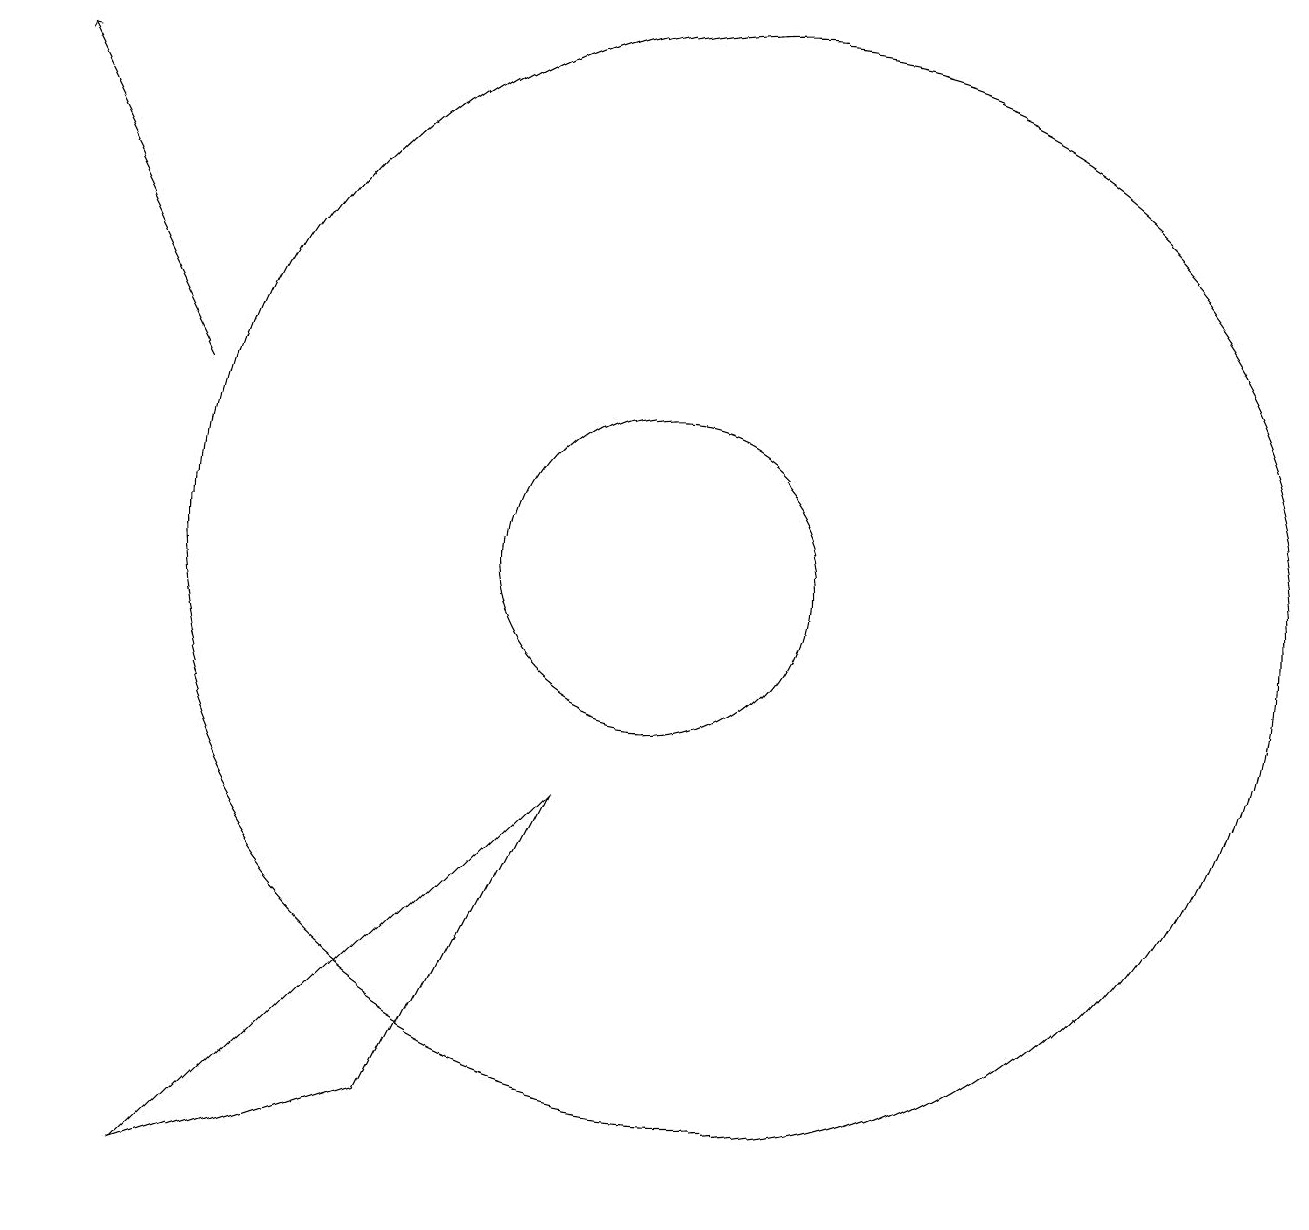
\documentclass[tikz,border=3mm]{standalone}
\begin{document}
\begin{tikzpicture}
\draw (11,10) circle (7);
\draw (7,3) -- (4,2) -- (9,7) -- cycle;
\draw (10,10) circle (2);
\draw[->] (4,12) -- (2,16);
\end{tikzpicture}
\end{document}